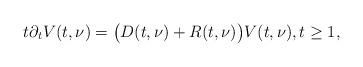
LaTeX: \begin{align*} t\partial_t V (t,\nu) = \big( D(t,\nu) + R(t,\nu) \big) V(t,\nu),t\ge 1,\end{align*}